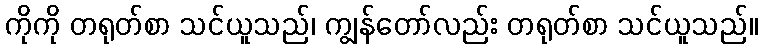
ကိုကို တရုတ်စာ သင်ယူသည်၊ ကျွန်တော်လည်း တရုတ်စာ သင်ယူသည်။